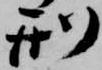
刑